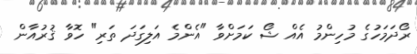
ރޯދަމަހުގެ މުހިންމު އެއް ޝޯ ކަމަށްވާ "އެންމެ އަލިގަދަ ތަރި" ހޮވާ ޤުރުއާން